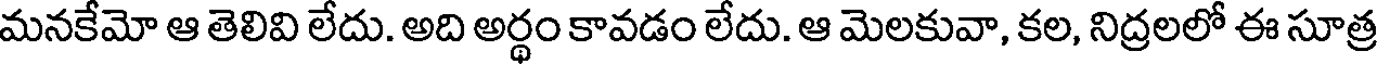
మనకేమో ఆ తెలివి లేదు. అది అర్థం కావడం లేదు. ఆ మెలకువా, కల, నిద్రలలో ఈ సూత్ర